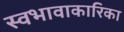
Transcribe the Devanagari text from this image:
स्वभावाकारिका